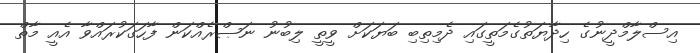
އިސްލާމްދީނުގެ ހިދާޔަތުގެމަތީގައި ދެމިތިބި ބަޔަކަށް ވީތީ ލިބުނު ނަޞްރެއްކަން ފާހަގަކުރައްވާ އެއީ މާތް